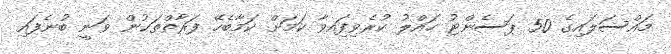
މައްސަލައިގެ 50 ޕަސެންޓު ހައްލު ކުރެވިފަިއވާ ކަަމަށް ކަމާބެހޭ ފަރާތްތަކުން ވަނީ ބުނެފައި